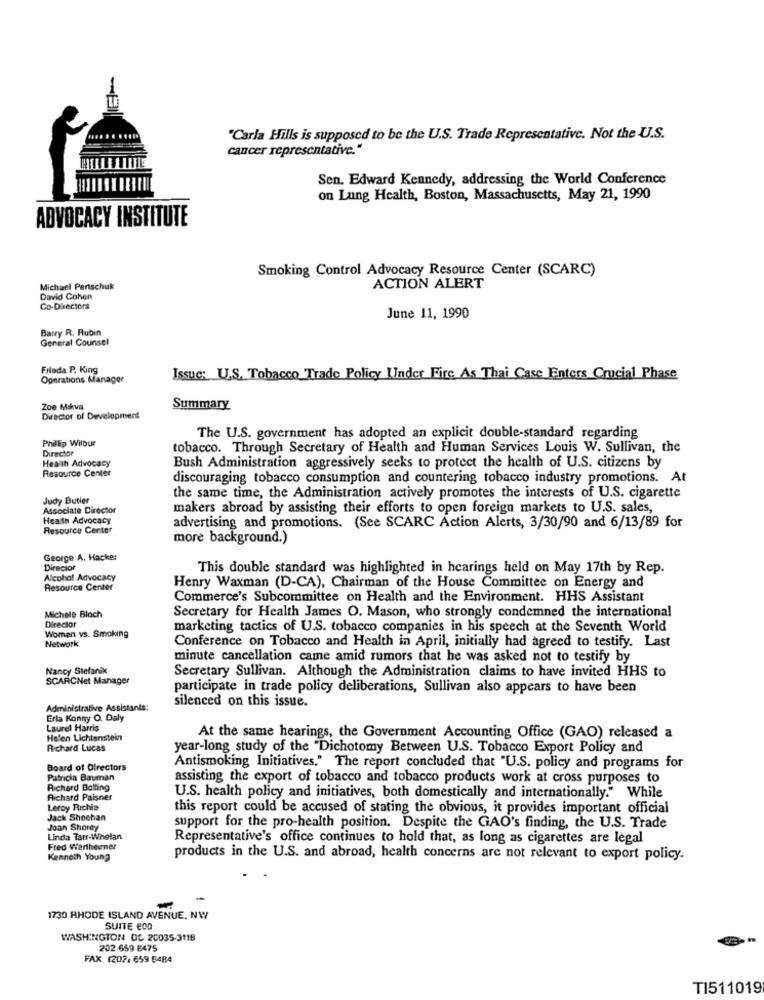
"Carla Hills is supposed to be the U.S. Trade Representative. Not the U.S.
cancer representative."
Sen. Edward Kennedy, addressing the World Conference
on Lung Health, Boston, Massachusetts, May 21, 1990
ADVOCACY INSTITUTE
Smoking Control Advocacy Resource Center (SCARC)
Michael Partschuk
ACTION ALERT
David Cohen
Co-Directors
June 11, 1990
Barry R. Rubin
General Counsel
Fileda P. King
Operations Manager
Issue: U.S. Tobacco Trade Policy Under Fire As Thai Case Enters Crucial Phase
Zoe Marva
Summary
Director of Development
Phillip Wilbur
The U.S. government has adopted an explicit double-standard regarding
Director
tobacco. Through Secretary of Health and Human Services Louis W. Sullivan, the
Health Advocacy
Bush Administration aggressively seeks to protect the health of U.S. citizens by
Resource Center
discouraging tobacco consumption and countering tobacco industry promotions. At
Judy Butler
the same time, the Administration actively promotes the interests of U.S. cigarette
Associate Director
makers abroad by assisting their efforts to open foreign markets to U.S. sales,
Health Advocacy
Resource Center
advertising and promotions. (See SCARC Action Alerts, 3/30/90 and 6/13/89 for
more background.)
George A. Hacker
Director
This double standard was highlighted in hearings held on May 17th by Rep.
Alcohol Advocacy
Resource Center
Henry Waxman (D-CA), Chairman of the House Committee on Energy and
Commerce's Subcommittee on Health and the Environment. HHS Assistant
Michele Bloch
Director
Secretary for Health James O. Mason, who strongly condemned the international
Women vs. Smoking
marketing tactics of U.S. tobacco companies in his speech at the Seventh World
Network
Conference on Tobacco and Health in April, initially had agreed to testify. Last
minute cancellation came amid rumors that he was asked not to testify by
Nancy Stefanik
Secretary Sullivan. Although the Administration claims to have invited HHS to
SCARCNet Manager
participate in trade policy deliberations, Sullivan also appears to have been
silenced on this issue.
Administrative Assistants:
Erla Konny O. Daly
Laurel Harris
Helen Lichtenstein
At the same hearings, the Government Accounting Office (GAO) released a
Richard Lucas
year-long study of the "Dichotomy Between U.S. Tobacco Export Policy and
Board of Directors
Antismoking Initiatives." The report concluded that "U.S. policy and programs for
Patricia Bauman
assisting the export of tobacco and tobacco products work at cross purposes to
Richard Bolting
Richard Paisner
U.S. health policy and initiatives, both domestically and internationally." While
Leroy Richis
this report could be accused of stating the obvious, it provides important official
Jack Shoohan
Joan Shorey
support for the pro-health position. Despite the GAO's finding, the U.S. Trade
Linda Tarr-Whelan
Representative's office continues to hold that, as long as cigarettes are legal
Fred Wartheener
Kenneth Young
products in the U.S. and abroad, health concerns are not relevant to export policy.
-
1730 RHODE ISLAND AVENUE, NW
SUITE ECO
WASHINGTON DC 20035-3118
202 659 8475
FAX 1202: 659 8484
T1511019